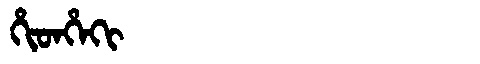
Manchu: ᡥᡳᡨᡥᡝᡴᡳ
Romanization: HITHEKI